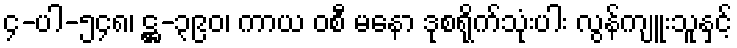
၄-ပါ-၅၄၈၊ ဋ္ဌ-၃၉၀၊ ကာယ ဝစီ မနော ဒုစရိုက်သုံးပါး လွန်ကျူးသူနှင့်